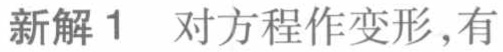
新解1 对方程作变形,有